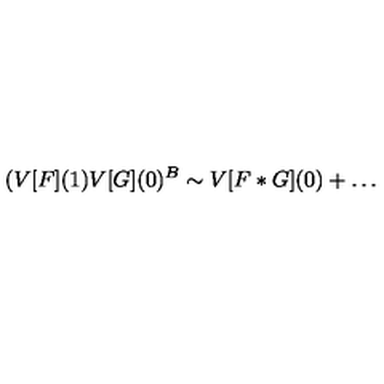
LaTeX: ( V [ F ] ( 1 ) V [ G ] ( 0 ) ^ { B } \sim V [ F * G ] ( 0 ) + \dots